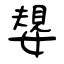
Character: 嫢